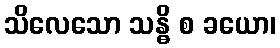
သိလေသော သန္ဓိ စ ခယော၊